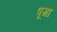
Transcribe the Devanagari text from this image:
पूगा